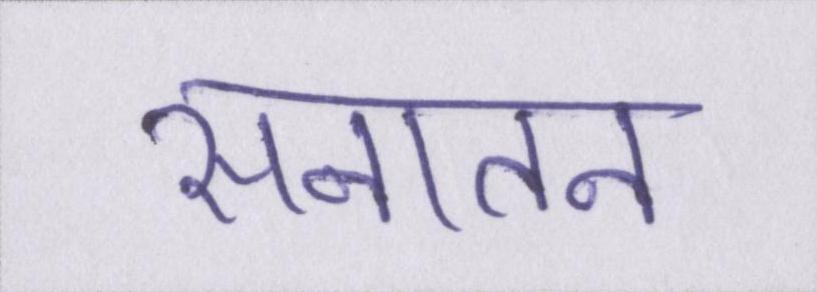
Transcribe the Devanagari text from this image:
सनातन